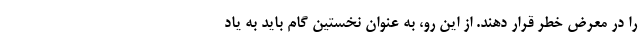
را در معرض خطر قرار دهند. از این رو، به عنوان نخستین گام باید به یاد